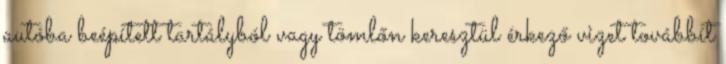
autóba beépített tartályból vagy tömlőn keresztül érkező vizet továbbít